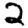
Digit: 2